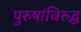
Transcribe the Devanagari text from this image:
पुरुषांविरुद्ध